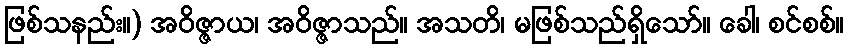
ဖြစ်သနည်း။) အဝိဇ္ဇာယ၊ အဝိဇ္ဇာသည်။ အသတိ၊ မဖြစ်သည်ရှိသော်။ ခေါ၊ စင်စစ်။